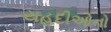
યહૂદીઓનો